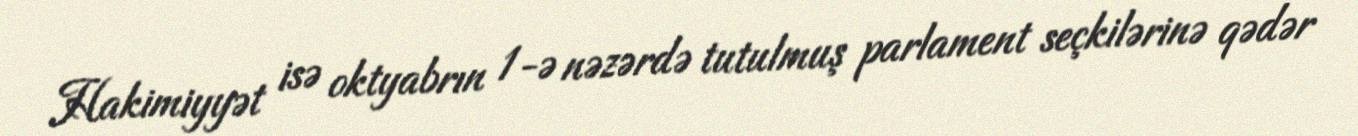
Hakimiyyət isə oktyabrın 1-ə nəzərdə tutulmuş parlament seçkilərinə qədər